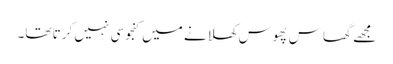
مجھے گھاس پھوس کھلانے میں کنجوسی نہیں کرتا تھا۔